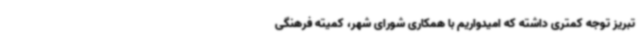
تبریز توجه کمتری داشته که امیدواریم با همکاری شورای شهر، کمیته فرهنگی